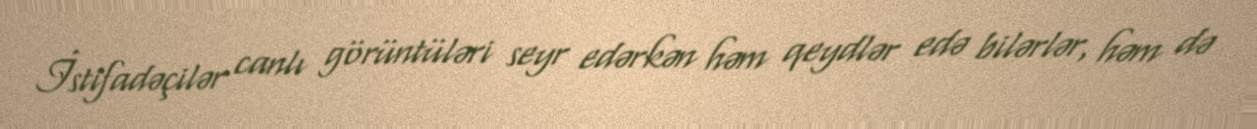
İstifadəçilər canlı görüntüləri seyr edərkən həm qeydlər edə bilərlər, həm də